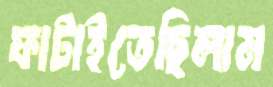
ফাটাইতেছিলাম